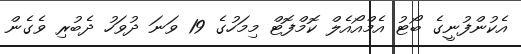
އެކުންފުނީގެ ބޯޓު އެމްއޯއެލް ކޮމްފޮޓް މިމަހުގެ 19 ވަނަ ދުވަހު ދެބުރި ވެގެން